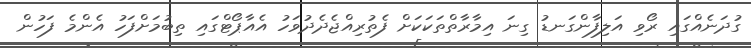
ގުދަނެއްގައި ރޯވި އަލިފާންގަނޑު ގިނަ އިމާރާތްތަކަކަށް ފެތުރިއްޖެދެދުވަހު އެއާޕޯޓްގައި ތިބުމަށްފަހު އެންމެ ފަހުން